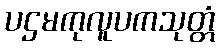
ပဌမကုလူပကသုတ္တံ